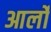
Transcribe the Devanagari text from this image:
आर्लो